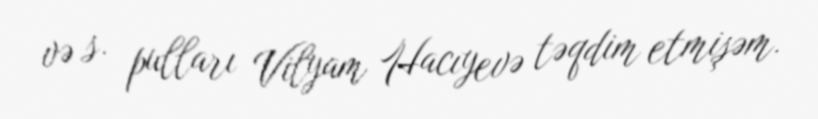
və s. pulları Vilyam Hacıyevə təqdim etmişəm.